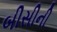
બીસીની